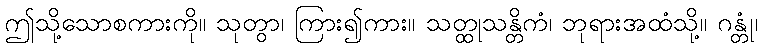
ဤသို့သောစကားကို။ သုတွာ၊ ကြား၍ကား။ သတ္ထုသန္တိကံ၊ ဘုရားအထံသို့။ ဂန္တုံ၊